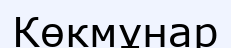
Көкмұнар